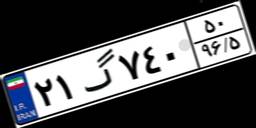
۲۱گ۷۴۰۵۰